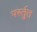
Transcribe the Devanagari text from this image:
पर्स्तुत